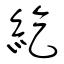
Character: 紇